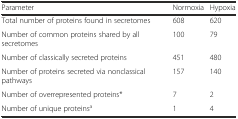
| Parameter | Normoxia | Hypoxia |
 | --- | --- | --- |
 | Total number of proteins found in secretomes | 608 | 620 |
 | Number of common proteins shared by all secretomes | 100 | 79 |
 | Number of classically secreted proteins | 451 | 480 |
 | Number of proteins secreted via nonclassical pathways | 157 | 140 |
 | Number of overrepresented proteins* | 7 | 2 |
 | Number of unique proteinsa | 1 | 4 |